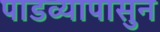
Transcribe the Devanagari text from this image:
पाडव्यापासुन